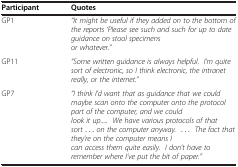
| Participant | Quotes |
 | --- | --- |
 | GP1 | “It might be useful if they added on to the bottom of the reports ‘Please see such and such for up to date guidance on stool specimens or whatever.” |
 | GP11 | “Some written guidance is always helpful. I’m quite sort of electronic, so I think electronic, the intranet really, or the internet.” |
 | GP7 | “I think I’d want that as guidance that we could maybe scan onto the computer onto the protocol part of the computer, and we could look it up..... We have various protocols of that sort ... on the computer anyway. ... The fact that they’re on the computer means I can access them quite easily. I don’t have to remember where I’ve put the bit of paper.” |